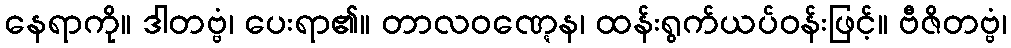
နေရာကို။ ဒါတဗ္ဗံ၊ ပေးရာ၏။ တာလဝဏ္ဋေန၊ ထန်းရွက်ယပ်ဝန်းဖြင့်။ ဗီဇိတဗ္ဗံ၊